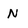
Character: N